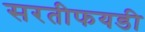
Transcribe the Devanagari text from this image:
सरतीफयडी